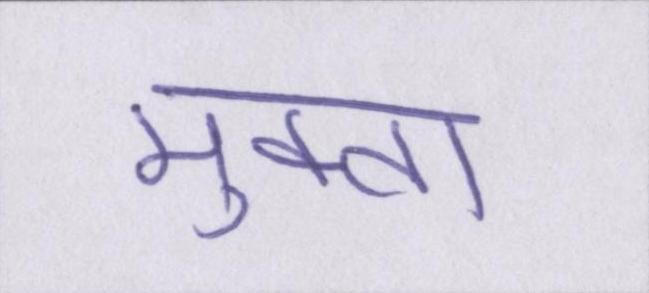
मुक्ता